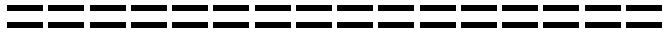
================